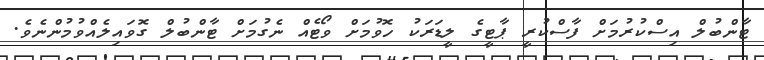
ޓާންބުލް އިސްކުރުމަށް ފާސްކުރީ ޕާޓީގެ ލީޑަރަކު ހޮވުމަށް ވޯޓެއް ނެގުމަށް ޓާންބުލް ގޮވައިލެއްވުމުންނެވެ.